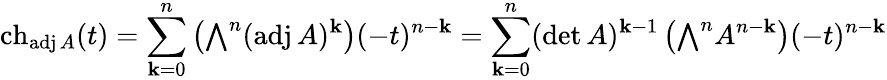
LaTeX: \operatorname{ch}_{\operatorname{adj}A}(t)=\sum_{\mathbf{k}=0}^{n}\left({\textstyle\bigwedge}^{n}(\operatorname{adj}A)^{\mathbf{k}}\right)(-t)^{n-\mathbf{k}}=\sum_{\mathbf{k}=0}^{n}(\operatorname*{d\mathrm{e}t}A)^{\mathbf{k}-1}\left({\textstyle\bigwedge}^{n}A^{n-\mathbf{k}}\right)(-t)^{n-\mathbf{k}}